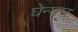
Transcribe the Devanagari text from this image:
घेन्घार